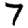
Digit: 7